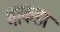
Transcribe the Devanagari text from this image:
माकडा